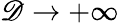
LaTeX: \mathscr{D}\to+\infty